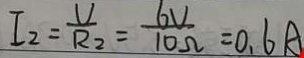
I _ { 2 } = \frac { U } { R _ { 2 } } = \frac { 6 V } { 1 0 \Omega } = 0 . 6 A